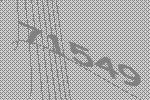
71549